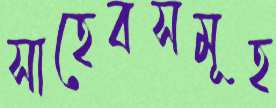
সাহেবসমূহ